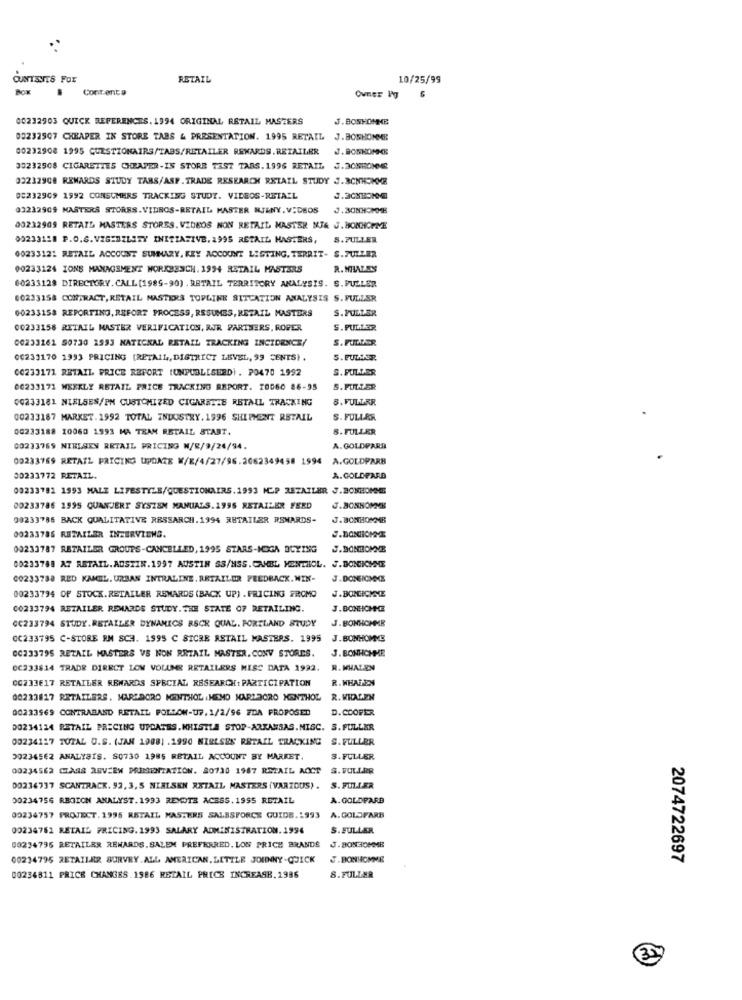
CUNTSVTS FOX
RETAIL
10/25/99
BOK
Contenta
Ovner Pg
00232903 QUICK REFERENCES. 1994 ORIGINAL RETAIL MASTERS
J.BONHOMME
03232507 CHEAPER IN STORE TABS & PRESENTATION. 1995 RETAIL J.BOSHONME
00232908 1995 CUESTIONAIRS/TABS/RETAILER REWARDS. RETAILER
J. BONHOMME
30232508 CIGARETTES CHEAPER-IS STORE TAST TABS.1996 RETAIL J.20WHOHN8
03232908 REWARDS STUDY TARS/ASP.TRADE RESEARCH RETAIL STUDY J.RCNHOMME
08232909 1992 CONSUMERS TRACKING STUDY. VIDEOS-RETAIL
03212909 MASTERS STORES.VIDBOS-RETAIL MASTER NJ&NY. VIDEOS
J.30NHOMME
00232909 RETATL MASTERS STORES. VIDEOS NON RETAIL MASTER NJA J. BONHOMME
00233118 P.O.S.VISIBILITY INITIATIVE. 1995 RETAIL MASTERS, S.7ULLER
00233121 RETAIL ACCOUNT SUMMARY. KEY ACCOUNT LISTING. TERRIT- S.FULLER
00233124 IONS MANAGEMENT WORKBENCH. 1994 RETAIL MASTERS
R. MIALES
60233128 DIRECTORY.CALL[1989-90) . RETAIL TERRITORY ANALYSIS. S. PULLER
00233158 CONTRACT, RETAIL MASTERS TOPLINE SITUATION ANALYSIS S. FULLER
00233158 REPORTING, REFORT PROCESS, RESUMES, RETAIL MASTERS
S.FULLER
00233158 RITAIL MASTER VERIFICATION, RJR PARTHERS, ROPER
S. PULLER
00233161 50730 1993 NATICKAL RETAIL TRACKING INCIDENCE/
S.FULDAER
00233170 1993 PRICING (RETAIL, DISTRICT LEVEL, 99 CENTS) .
5. PULDER
00233171 RETAIL PRICE REFORT (UNPUBLISHED) . PO470 1992
S. POLLER
06233171 WEEKLY RETAIL PRICE TRACKING REPORT. 10060 86-95
S. FULLER
00233181 NIELSES/PM CUSTOMIZED CIGARATHE RETAIL TRACKING
8. FULLER
00233187 MARKET. 1992 TOTAL INDUSTRY. 1996 SHIPMENT RETAIL
S. FULLER
00233188 10060 1993 MA TRAM RETAIL START.
8. FULLER
00233769 NIELSEN RETAIL PRICING N/B/9/24/94.
A. GOLDPARR
00233769 RETAIL PRICING UPDATE W/E/4/27/96.2062349458 1994 A.GOLDPARB
30233772 RETAIL.
A. GOLDPARA
00233781 1993 MALE LIFESTYLE/QUESTIONAIRS.1993 HCP RETAILER J.BONHOMME
00233786 1995 QUANJERT SYSTEM MANUALS. 1995 RETAILER FEED
J.BONHOMME
00233786 BACK QUALITATIVE RESSARCH.1994 RETAILER REWARDS-
J.BONHOMME
00233786 RETAILER INTERVIENS.
00233787 RETAILER GROUPS-CANCELLED, 1995 STARS-MOGA DCYING
J.BONHOMME
00233788 AT RETAIL.AUSTIN.1997 AUSTIN SS/HSS.CAHEL MENTHOL. J.BONICHNE
00233738 RED KANCEL. URBAN INTRALINE. RETAILER FEEDBACK. WIN-
J.DONEICHICE
00233794 OF STOCK. RETAILER REWARDS (BACK UP) . PRICING FROMO
J.DONCICHNE
00233794 RETAILER REWARDS STUDY. THE STATE OF RETAILING.
J.BONHOMME
J. BONHOMME
GC233794 STUDY.RETAILER DYNAMICS RSCK QUAL. PORTLAND STUDY
0C233795 C-STORE EM SCH. 1995 C SICRE ASTAIL MASTERS. 1995
J.BONHOMME
00233795 RETAIL MASTERS VS NON RETAIL MASTER. CONV STORES.
J.BONHCHME
OC333814 TRADE DIRECT LOW VOLUME RETAILERS MISS DATA 1992. R. WHALEN
OG233€17 RETAILER REWARDS SPECIAL RESEARCH : PARTICIPATION
R. WHALEN
00233817 RETAILERS. MARLBORO MENTHOL ,HEMO MARZOCRO MENTHOL R.WHAGEN
00233969 CONTRABAND RETAIL FOLLOW-UP,1/2/96 FDA PROPOSED
D. COOPER
00234124 RETAIL PRICING UPDATES.KRISTLA STOP-ARKANSAS. MISC. S. FULLER
00234117 TUTAL O.S. (JAN 1908] .1990 NIELSEN RETAIL TRACKING S. FULLER
30234562 ANALYSIS. 80730 1985 RETAIL ACCOUNT BY MARKET.
3. FULLER
00234562 CIAS8 REVIEW PRESENTATION. 80730 1987 RETAIL AOCT S.FULLER
DO214737 SCANTRACK. 92, 3, 5 NIELSEN RETAIL MASTERS (VARIOUS) . S. FULLER
00234756 REGION ANALYST.1993 REMOTE ACESS. 1955 RETAIL
A. GOLDFARB
00234757 PROJECT. 1995 RETAIL MASTERS SALESFORCE GUIDE.1993 A. GOLDFARB
00234761 RETAIL PRICING. 1993 SALARY ADMINISTRATION.1994
S.FULLER
00234795 RETAILER REWARDS. SALEM PREFERRED. LOW PRICE BRANDS
J.BONHOMME
00234795 RETAILER SURVEY. ALL AMERICAN. LITTLE JOHNNY-QUICK
J.BONHOMME
2074722697
00234811 PRICE CHANGES.1986 RETAIL PRICE INCREASE.1986
8.FULLER
3